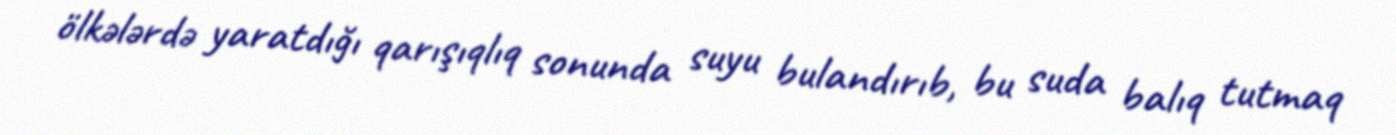
ölkələrdə yaratdığı qarışıqlıq sonunda suyu bulandırıb, bu suda balıq tutmaq